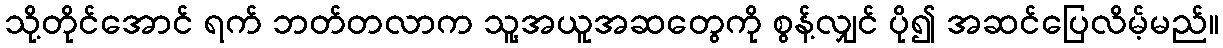
သို့တိုင်အောင် ရက် ဘတ်တလာက သူ့အယူအဆတွေကို စွန့်လျှင် ပို၍ အဆင်ပြေလိမ့်မည်။